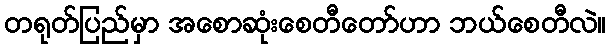
တရုတ်ပြည်မှာ အစောဆုံးစေတီတော်ဟာ ဘယ်စေတီလဲ။